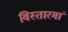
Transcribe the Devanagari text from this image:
विस्तारमां